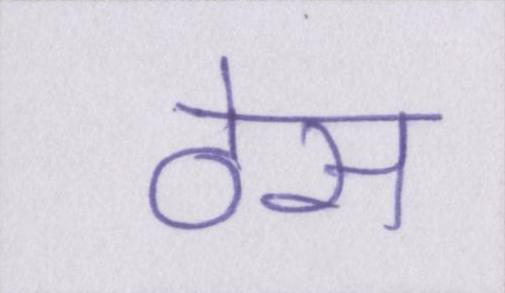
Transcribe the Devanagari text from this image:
ठेस